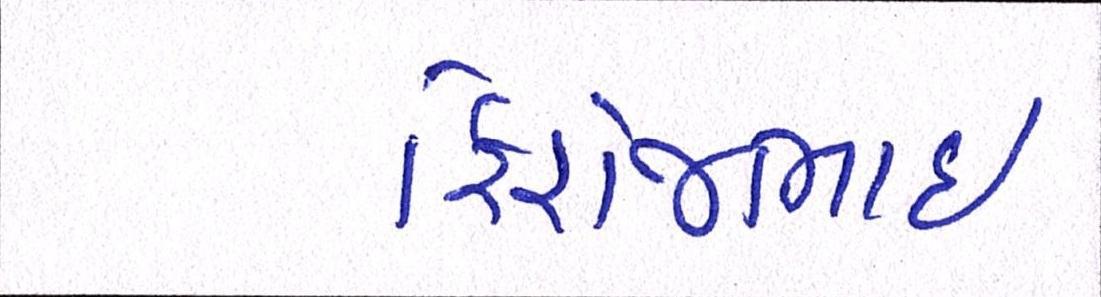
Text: ફિરોજભાઇ